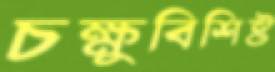
চক্ষুবিশিষ্ট